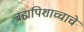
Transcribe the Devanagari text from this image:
ब्रह्मपिशाच्चाचे